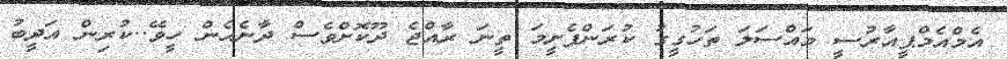
އެމްއެމްޕީއާރުސީ މައްސަލަ ތަހުގީގު ކުރަންފެށީމަ ތީނަ ރާއްޖެ ދޫކޮށްވެސް ދާނެހެން ހީވޭ..ކުރިން އަދީބު